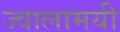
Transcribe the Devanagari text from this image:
ज्‍वालामयी